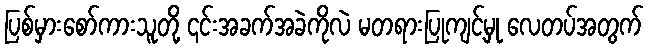
ပြစ်မှားစော်ကားသူတို့ ၎င်းအခက်အခဲကိုလဲ မတရားပြုကျင့်မှု လေတပ်အတွက်